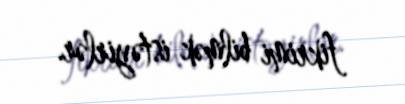
fikrimi bilmək istəyirlər.